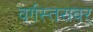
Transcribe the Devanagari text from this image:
वर्गस्तरावर